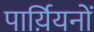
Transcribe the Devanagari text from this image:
पार्य़ियनों